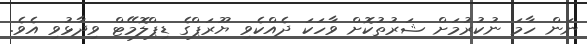
ނަން ހާމަ ނުކުރުމަށް ޝަރުތުކޮށް ވާހަކަ ދެއްކެވި ޔޫރަޕްގެ ޑިޕްލޮމޭޓް ވިދާޅުވި އެވެ.